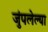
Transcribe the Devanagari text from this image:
जुंपलेल्या